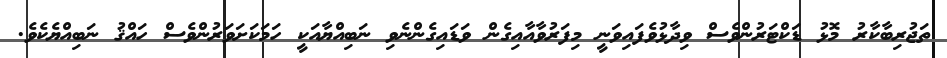
ތަޖުރިބާކާރު މޮޅު ޑަކްޓަރުންވެސް ވިދާޅުވެފައިވަނީ މިފަރުވާއާއިގެން ވަޑައިގެންނެވި ނަބިއްޔާއަކީ ހަމަކަށަވަރުންވެސް ހައްޤު ނަބިއްޔެކެވެ.